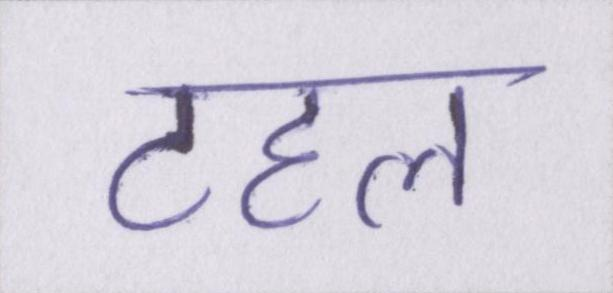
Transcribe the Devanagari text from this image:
टहल